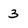
Character: 3